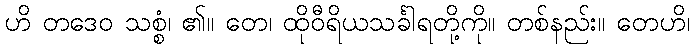
ဟိ တဒေဝ သစ္စံ၊ ၏။ တေ၊ ထိုဝီရိယသင်္ခါရတို့ကို။ တစ်နည်း။ တေဟိ၊